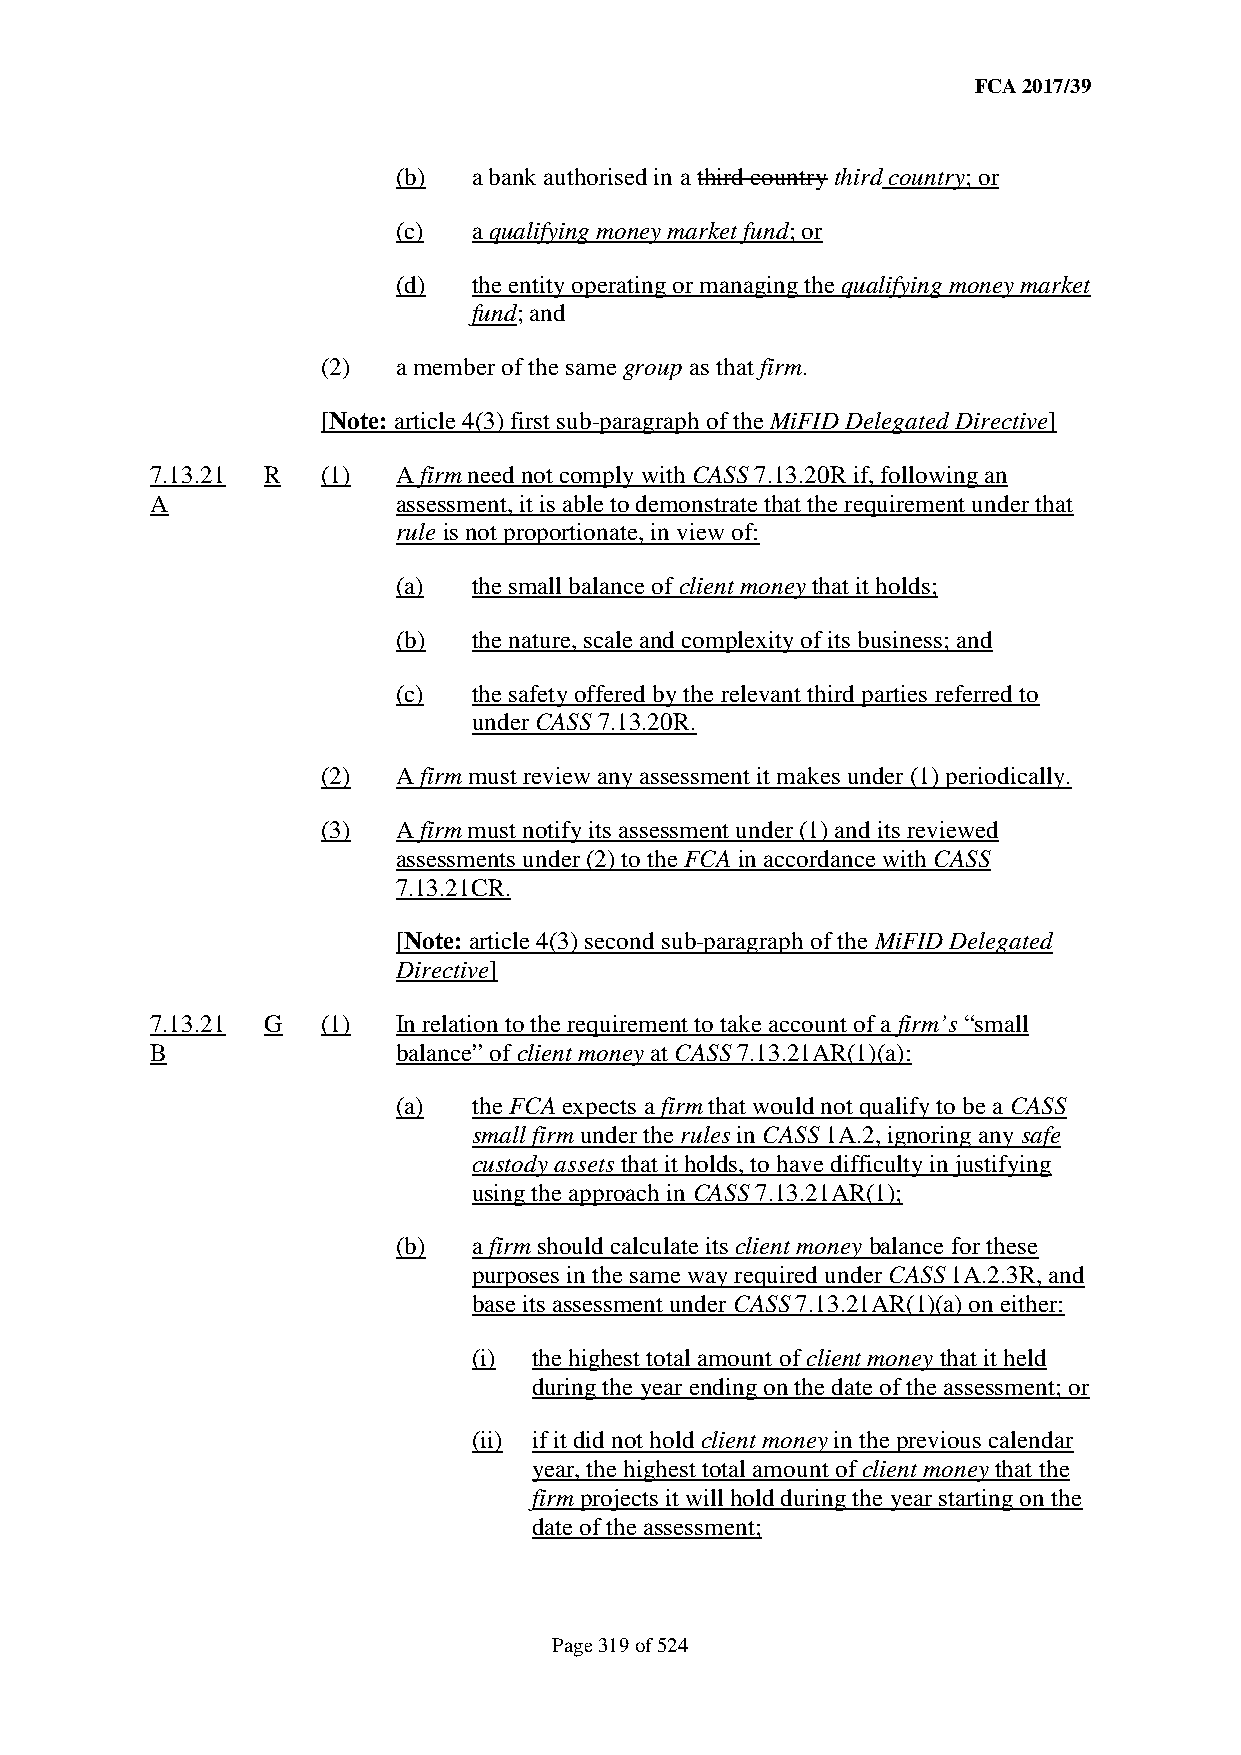
FCA 2017/39
 (b)  a bank authorised in a third country third country; or
 (c)  a qualifying money market fund; or
 (d)  the entity operating or managing the qualifying money market
 fund; and
 (2)  a member of the same group as that firm.
 [Note: article 4(3) first sub-paragraph of the MiFID Delegated Directive]
 7.13.21 R  (1)  A firm need not comply with CASS 7.13.20R if, following an
 A               assessment, it is able to demonstrate that the requirement under that
 rule is not proportionate, in view of:
 (a)  the small balance of client money that it holds;
 (b)  the nature, scale and complexity of its business; and
 (c)  the safety offered by the relevant third parties referred to
 under CASS 7.13.20R.
 (2)  A firm must review any assessment it makes under (1) periodically.
 (3)  A firm must notify its assessment under (1) and its reviewed
 assessments under (2) to the FCA in accordance with CASS
 7.13.21CR.
 [Note: article 4(3) second sub-paragraph of the MiFID Delegated
 Directive]
 7.13.21 G  (1)  In relation to the requirement to take account of a firm’s “small
 B               balance” of client money at CASS 7.13.21AR(1)(a):
 (a)  the FCA expects a firm that would not qualify to be a CASS
 small firm under the rules in CASS 1A.2, ignoring any safe
 custody assets that it holds, to have difficulty in justifying
 using the approach in CASS 7.13.21AR(1);
 (b)  a firm should calculate its client money balance for these
 purposes in the same way required under CASS 1A.2.3R, and
 base its assessment under CASS 7.13.21AR(1)(a) on either:
 (i) the highest total amount of client money that it held
 during the year ending on the date of the assessment; or
 (ii) if it did not hold client money in the previous calendar
 year, the highest total amount of client money that the
 firm projects it will hold during the year starting on the
 date of the assessment;
 Page 319 of 524